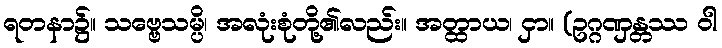
ရတနာ၌။ သဗ္ဗေသမ္ပိ၊ အလုံးစုံတို့၏လည်း။ အတ္ထာယ၊ ငှာ။ (ဥဂ္ဂဏှန္တဿ ဝါ